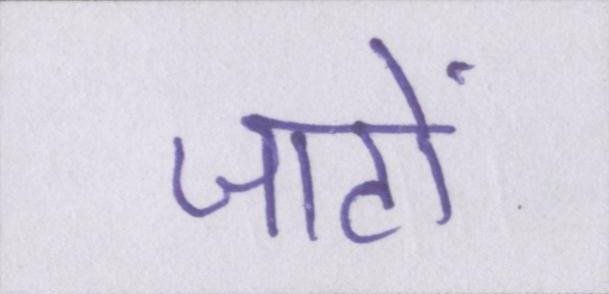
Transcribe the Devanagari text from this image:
जाटों